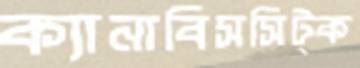
ক্যানাবিসসিট্‌ক